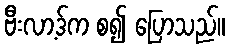
ဗီးလာ့ဒ်က စ၍ ပြောသည်။